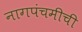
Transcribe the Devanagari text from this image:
नागपंचमीची